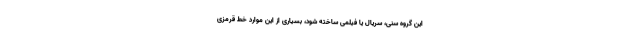
این گروه سنی، سریال یا فیلمی ساخته شود، بسیاری از این موارد خط قرمزی